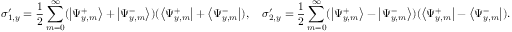
\sigma _ { 1 , y } ^ { \prime } = \frac { 1 } { 2 } \sum _ { m = 0 } ^ { \infty } ( \left| \Psi _ { y , m } ^ { + } \right> + \left| \Psi _ { y , m } ^ { - } \right> ) ( \left< \Psi _ { y , m } ^ { + } \right| + \left< \Psi _ { y , m } ^ { - } \right| ) , \quad \sigma _ { 2 , y } ^ { \prime } = \frac { 1 } { 2 } \sum _ { m = 0 } ^ { \infty } ( \left| \Psi _ { y , m } ^ { + } \right> - \left| \Psi _ { y , m } ^ { - } \right> ) ( \left< \Psi _ { y , m } ^ { + } \right| - \left< \Psi _ { y , m } ^ { - } \right| ) .